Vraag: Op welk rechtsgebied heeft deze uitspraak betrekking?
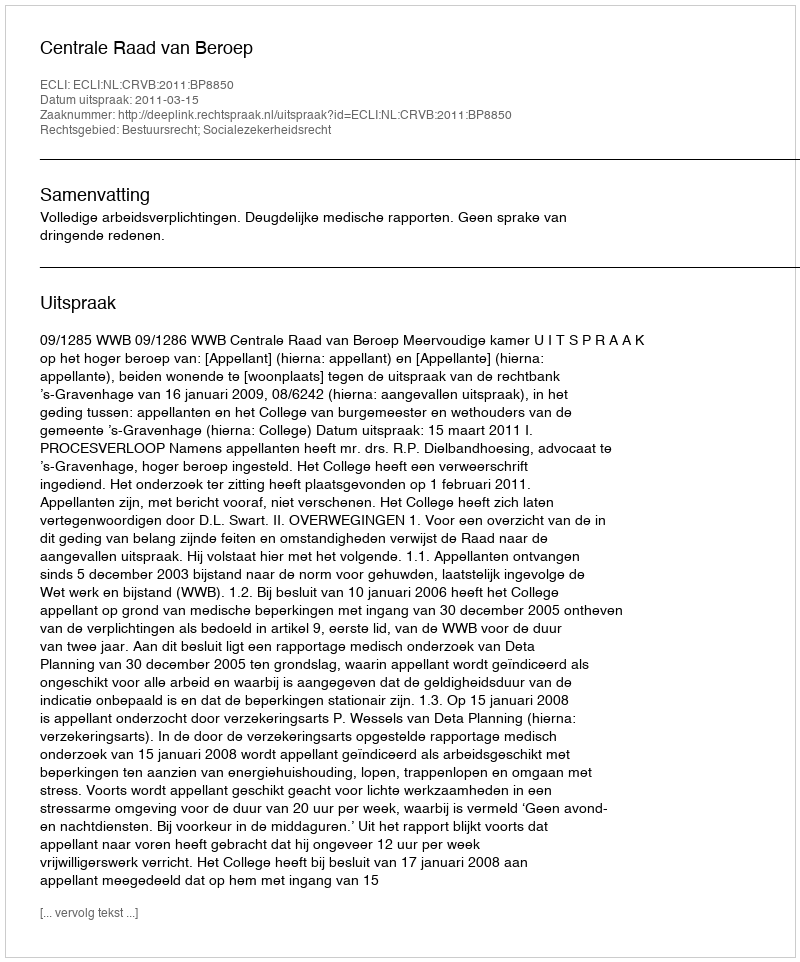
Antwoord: Bestuursrecht; Socialezekerheidsrecht